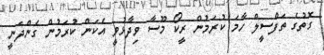
ގޮތުގެ ތަފްސީލް ހާމަ ކުރަމުން ރީކޯ މޫސާ ވިދާޅުވީ އެކަން ކުރަމުން ގެންދަނީ